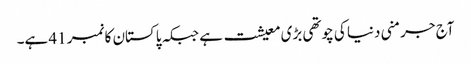
آج جرمنی دنیا کی چوتھی بڑی معیشت ہے جبکہ پاکستان کا نمبر 41 ہے۔